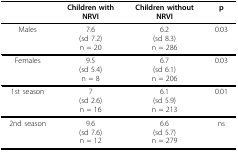
<table><thead><tr><td></td><td><b>Children withNRVI</b></td><td><b>Children withoutNRVI</b></td><td><b>p</b></td></tr></thead><tbody><tr><td>Males</td><td>7.6(sd 7.2)n = 20</td><td>6.2(sd 8.3)n = 286</td><td>0.03</td></tr><tr><td>Females</td><td>9.5(sd 5.4)n = 8</td><td>6.7(sd 6.1)n = 206</td><td>0.03</td></tr><tr><td>1st season</td><td>7(sd 2.6)n = 16</td><td>6.1(sd 5.9)n = 213</td><td>0.01</td></tr><tr><td>2nd season</td><td>9.6(sd 7.6)n = 12</td><td>6.6(sd 5.7)n = 279</td><td>ns</td></tr></tbody></table>